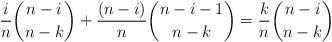
LaTeX: \begin{align*}\frac{i}{n}\binom{n-i}{n-k} + \frac{(n-i)}{n} \binom{n-i-1}{n-k} = \frac{k}{n} \binom{n-i}{n-k}\end{align*}